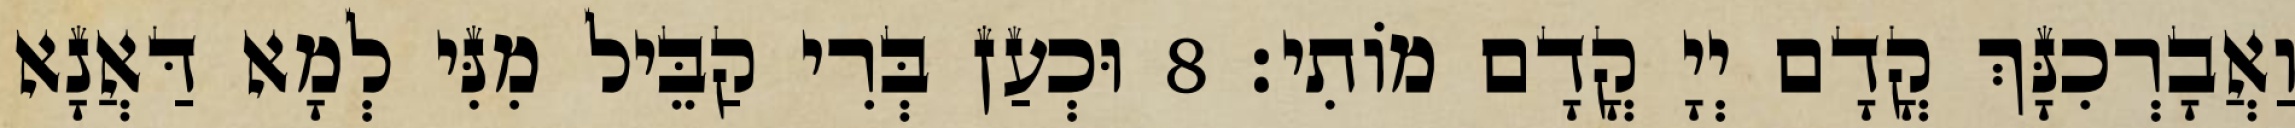
וַאֲבָרְכִנָּךְ קֳדָם יְיָ קֳדָם מוֹתִי׃ 8 וּכְעַן בְּרִי קַבֵּיל מִנִּי לְמָא דַּאֲנָא